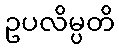
ဥပလိမ္ပတိ